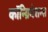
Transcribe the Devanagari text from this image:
कॉन्ग्रिगेशन्स